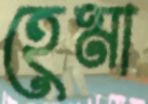
হেমা